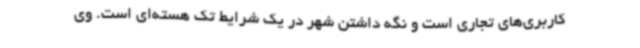
کاربری‌های تجاری است و نگه داشتن شهر در یک شرایط تک هسته‌ای است. وی